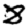
Digit: 8